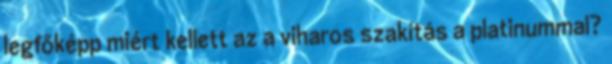
legfőképp miért kellett az a viharos szakítás a platinummal?